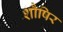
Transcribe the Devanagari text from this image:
शौषिर